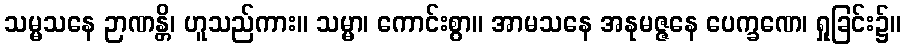
သမ္မသနေ ဉာဏန္တိ၊ ဟူသည်ကား။ သမ္မာ၊ ကောင်းစွာ။ အာမသနေ အနုမဇ္ဇနေ ပေက္ခဏေ၊ ရှုခြင်း၌။